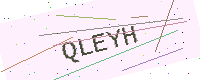
Text: QLEYH